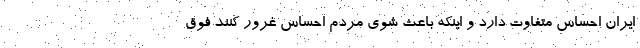
ایران احساس متفاوت دارد و اینکه باعث شوی مردم احساس غرور کنند فوق